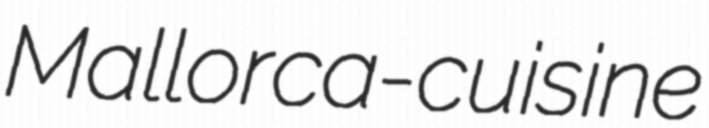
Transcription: Mallorca-cuisine